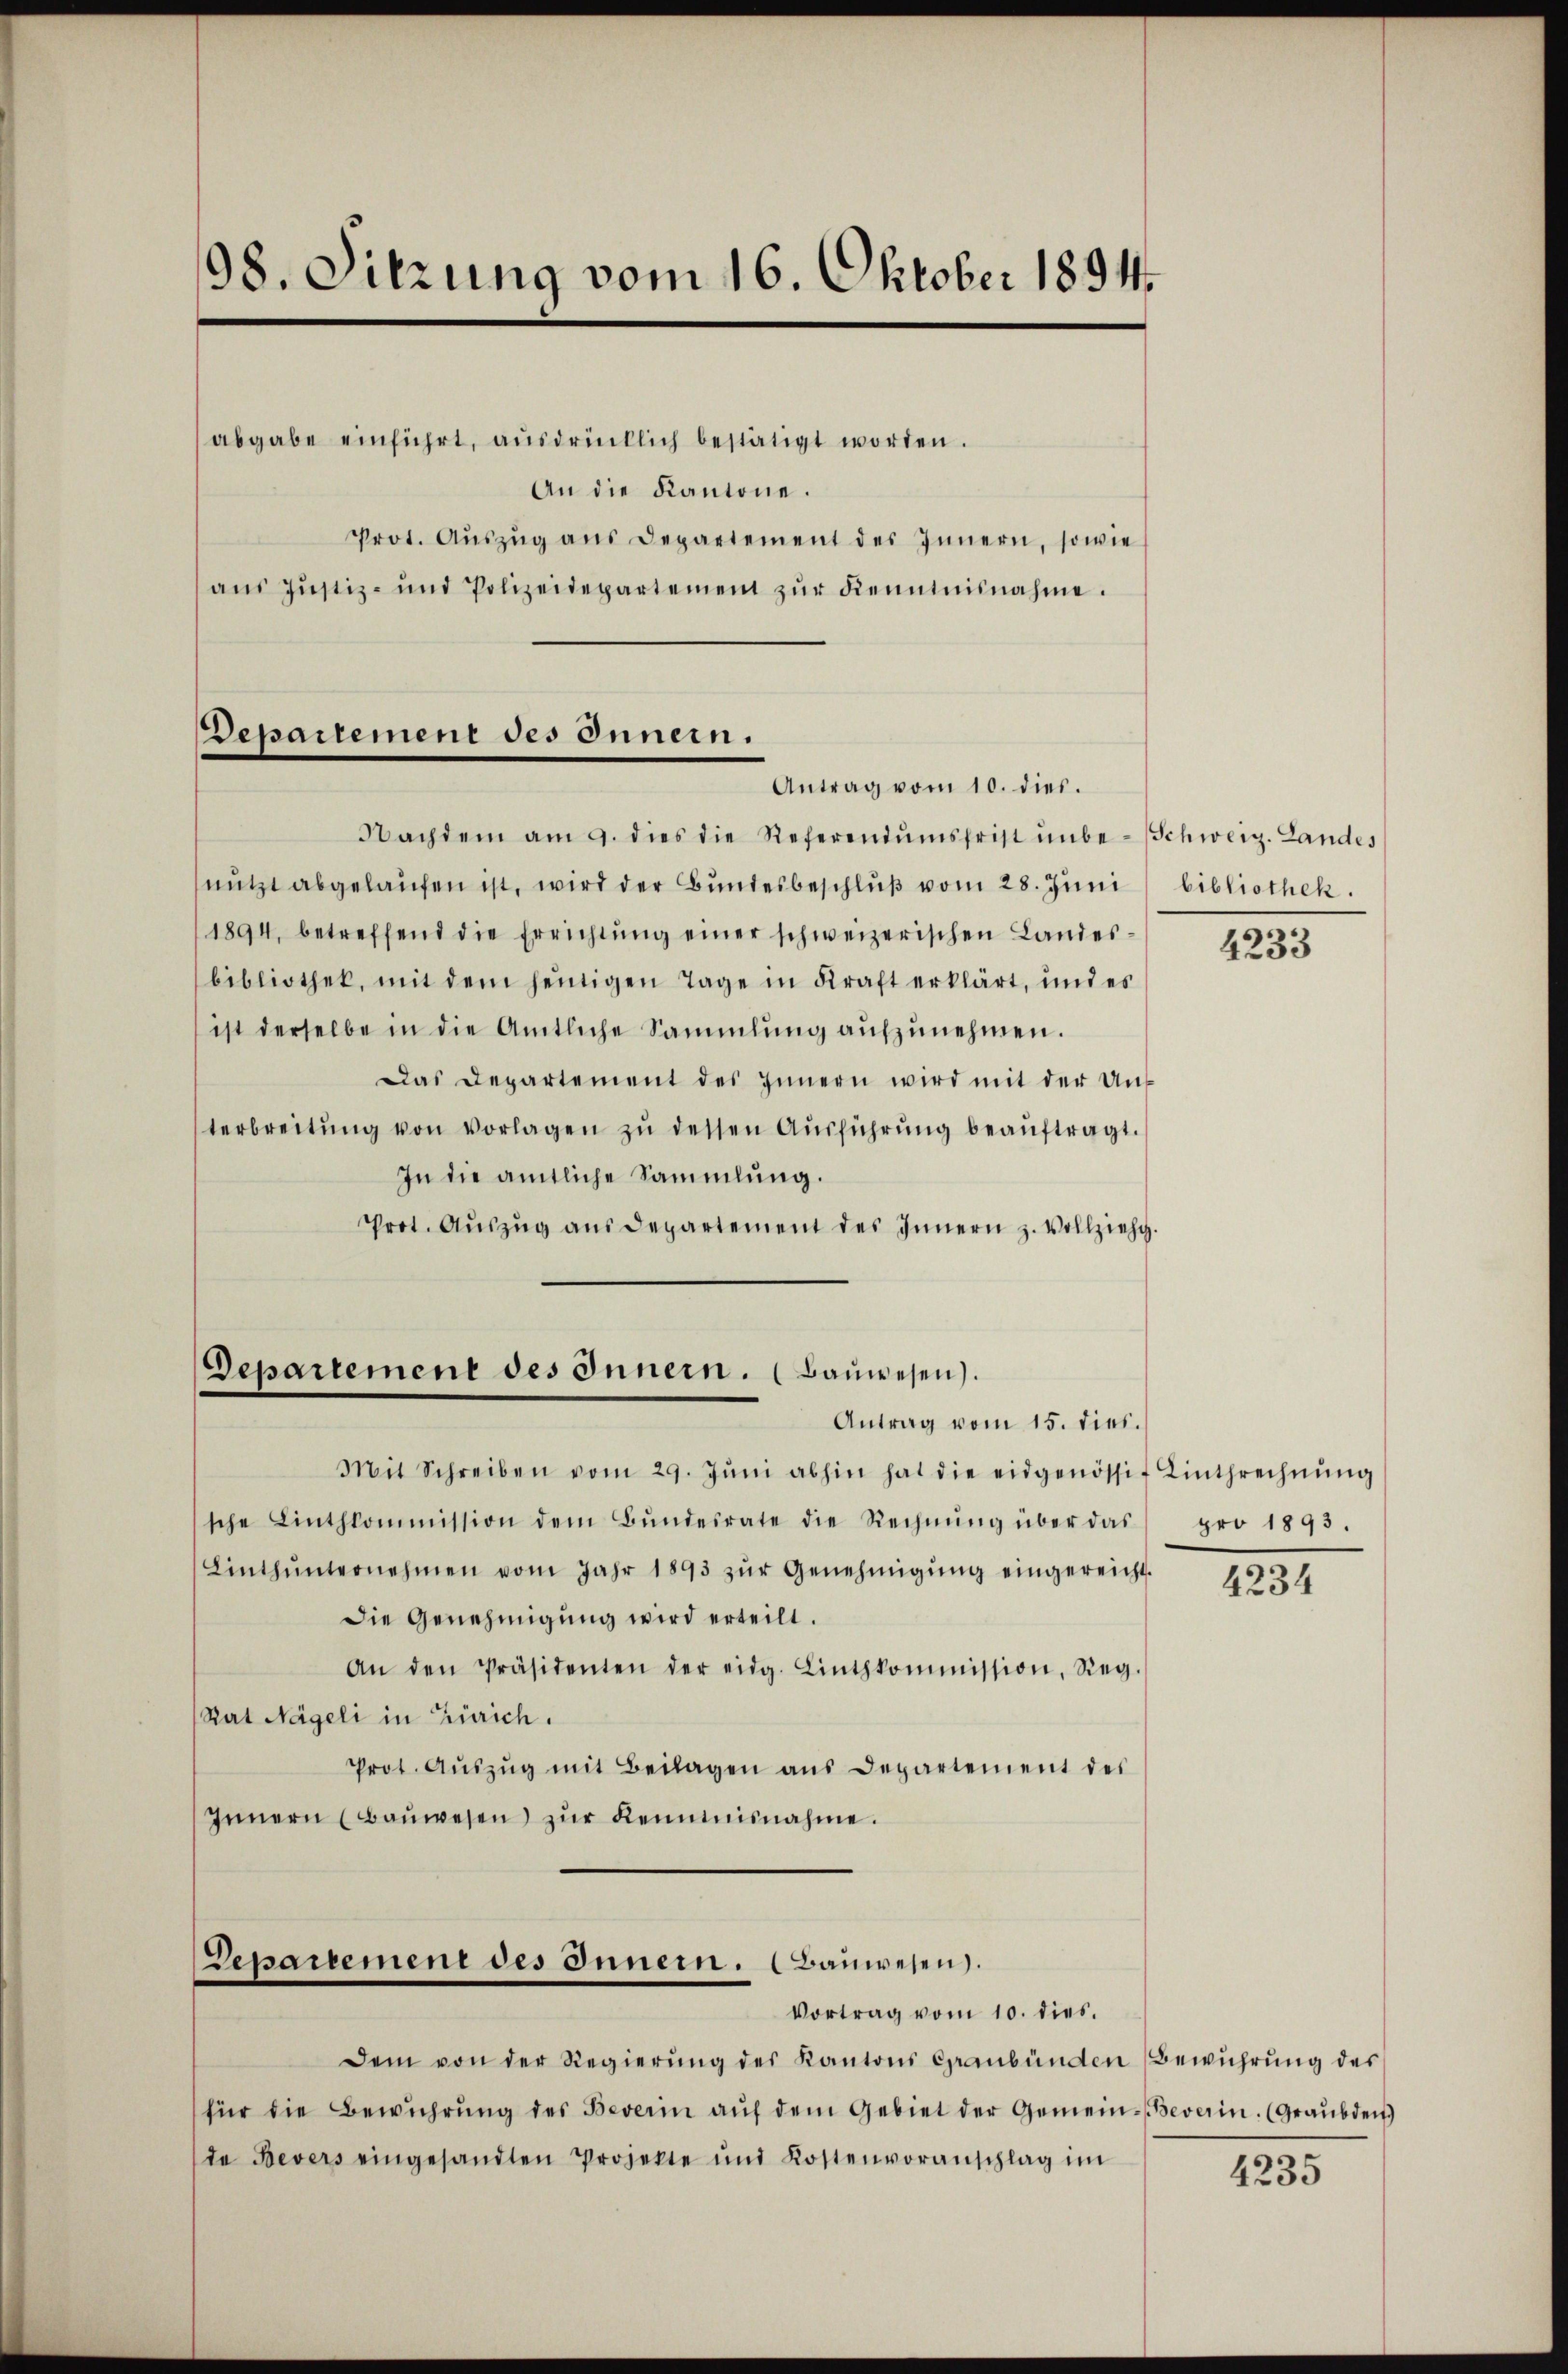
98. Sitzung vom 16. Oktober 1894.

abgabe einführt, aŭsdrücklich bestätigt worden.
An die Kantone.
Prot. Aŭszŭg ans Departement des Innern, sowie
aŭs Jŭstiz- und Polizeidepartement zŭr Kenntnisnahme.

Nachdem am 9. dies die Referendŭmsfrist ŭnbe-Schweiz. Landes
nŭtzt abgelaŭfen ist, wird der Bŭndesbeschlŭβ vom 28. Juni bibliothek.
1894, betreffend die Errichtŭng einer schweizerischen Landesbibliothek, mit dem heutigen Tage in Kraft erklärt, und es
ist derselbe in die Amtliche Sammlung aŭfzŭnehmen.
Das Departement des Innern wird mit der Unterbreitŭng von vorlagen zŭ dessen Aŭsführŭng beaŭftragt.
In die amtliche Sammlung.
Prot. Aŭszŭg aŭs departement des Innern z. Vollzieht.

Departement des Innern.
Antrag vom 10. dies.

Departemene des Innern. (Bauwesen).
Antrag vom 15. dies.

Departement des Innern. (Bauwesen.
Vortrag vom 10. dies.

Mit Schreiben vom 29. Jŭni abhin hat die eidgenössit Linthrechnŭng
sche Linthkommission dem Bŭndesrate die Rechnŭng über das
Linthŭnternehmen vom Jahr 1893 zŭr Genehmigŭng eingereicht.
Die Genehmigŭng wird erteilt.
An den Präsidenten der eidg. Linthkommission, Reg.
Rat Nägeli in Zürich.
Prot. Aŭszŭg mit Beilagen aus Departement des
Innern (Baŭwesen zŭr Kenntnisnahme.

Dem von der Regierŭng des Kantons Graubünden Bewuhrung des
für die Bewührŭng des Beverin aŭf dem Gebiet der Gemein-Beverin. (Graŭbden)
da Bevers eingesandten Projekte und Kostenvoranschlag im

4233

pro 1893.

4234

4235